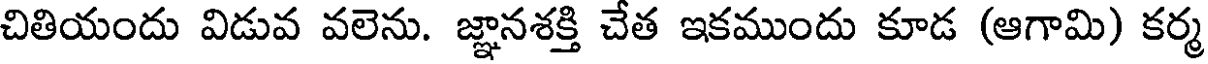
చితియందు విడువ వలెను. జ్ఞానశక్తి చేత ఇకముందు కూడ (ఆగామి) కర్మ